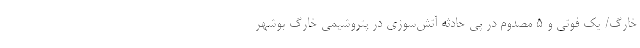
خارگ/ یک فوتی و 5 مصدوم در پی حادثه آتش‌سوزی در پتروشیمی خارگ بوشهر